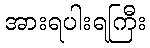
အားရပါးရကြီး